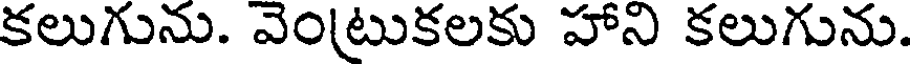
కలుగును. వెంటుకలకు హాని కలుగును.